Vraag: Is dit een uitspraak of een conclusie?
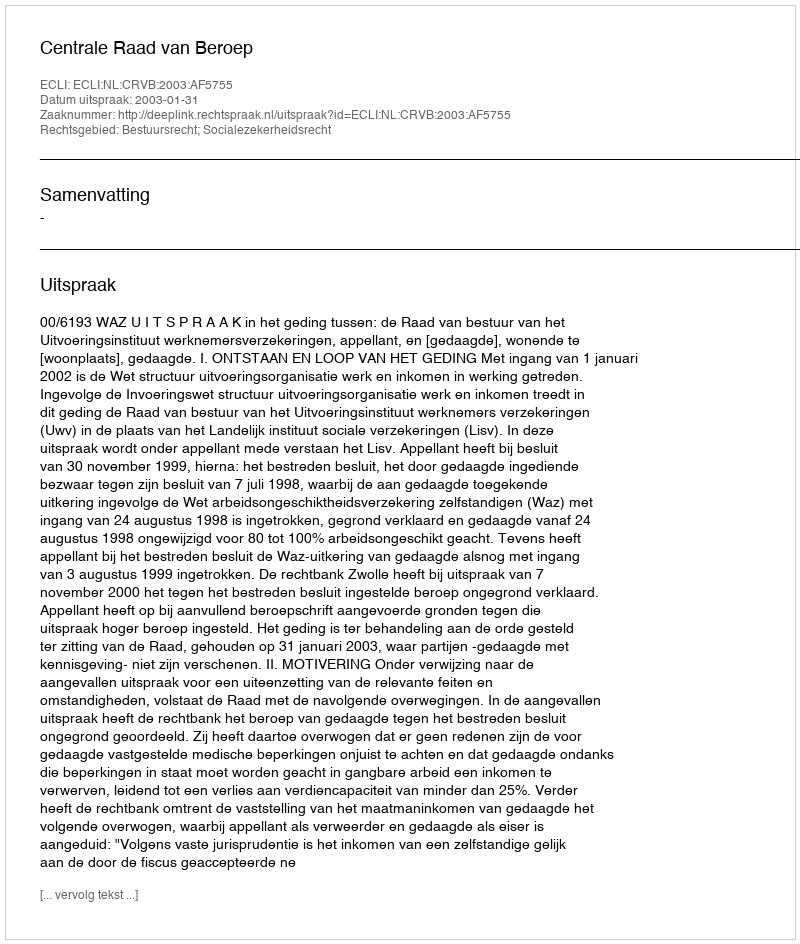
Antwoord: Uitspraak